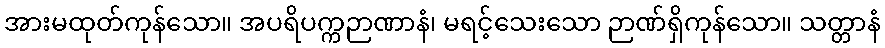
အားမထုတ်ကုန်သော။ အပရိပက္ကဉာဏာနံ၊ မရင့်သေးသော ဉာဏ်ရှိကုန်သော။ သတ္တာနံ